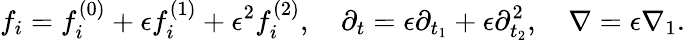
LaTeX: f_{i}=f_{i}^{(0)}+\epsilon f_{i}^{(1)}+\epsilon^{2}f_{i}^{(2)},\quad\partial_{t}=\epsilon\partial_{t_{1}}+\epsilon\partial_{t_{2}}^{2},\quad\nabla=\epsilon\nabla_{1}.